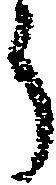
う